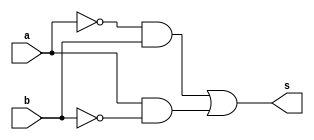
// -------------------------
// Exercicio0006 - XOR
// Nome: Flavio Andrade Amaral Motta
// -------------------------

// -------------------------
// -- xor gate
// -------------------------
module xorgate ( output s,
input a,
input b);
assign s = (~a)&b|a&(~b);
endmodule // xorgate
// ---------------------
// -- test xor gate
// ---------------------
module testxorgate;
// ------------------------- dados locais
reg a, b; // definir registradores
wire s; // definir conexao (fio)
// ------------------------- instancia
xorgate XOR1 (s, a, b);
// ------------------------- preparacao
initial begin:start
// atribuicao simultanea
// dos valores iniciais
a=0; b=0;
end
// ------------------------- parte principal
initial begin
$display("Exercicio0006 - Flavio Andrade Amaral Motta - 392001");
$display("Test XOR gate");
$display("\na a'b+a b' = s\n");
a=0; b=0;
$monitor("%d %b = %b",a, b, s);
#1 b=1;
#2 b=0;
#2 a=1;
#3 b=1;
end
endmodule // testxorgate